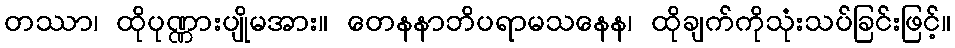
တဿာ၊ ထိုပုဏ္ဏားပျိုမအား။ တေနနာဘိပရာမသနေန၊ ထိုချက်ကိုသုံးသပ်ခြင်းဖြင့်။